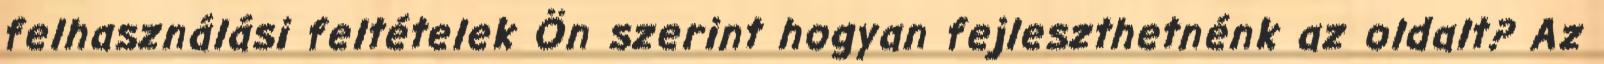
felhasználási feltételek Ön szerint hogyan fejleszthetnénk az oldalt? Az